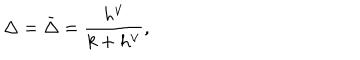
LaTeX: \Delta = \bar { \Delta } = \frac { h ^ { \vee } } { k + h ^ { \vee } } ,